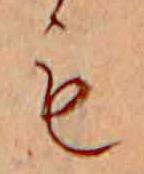
も